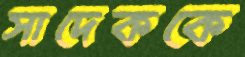
সাদেককে